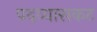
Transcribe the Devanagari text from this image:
पदव्यासकट